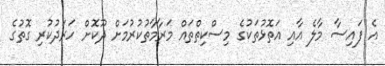
އެ ފައިސާ މާލެ އާއި އަތޮޅުތަކުގެ މިސްކިތްތައް މަރާމާތުކުރުމަށް ދޫކޮށް ހަރަދުކުރި ގޮތުގެ